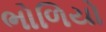
ભોળિયો